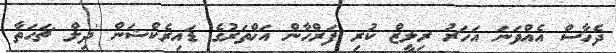
ދެހާސް އެއްވަނަ އަހަރު ރިލީޒް ކުރި ފަރްހާން އަޚްތަރުގެ ޑައިރެކްޝަން 'ދިލް ޗަހަތާ